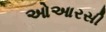
ઓઆરસી